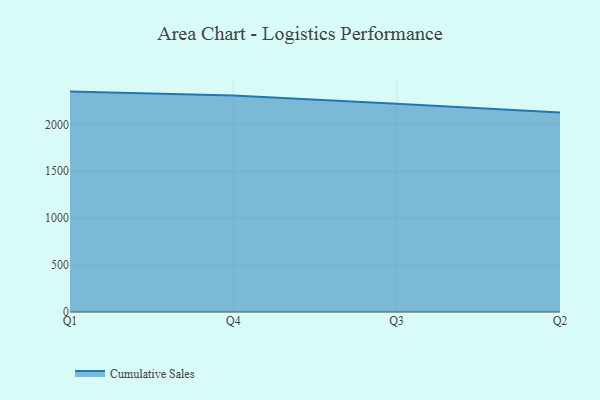
{"axis": {"x": "Quarter", "y": "Active Users"}, "legend": ["Cumulative Sales"], "data": [{"x": "Q1", "y": 2349.1, "type": "Cumulative Sales"}, {"x": "Q4", "y": 2308.4, "type": "Cumulative Sales"}, {"x": "Q3", "y": 2219.6, "type": "Cumulative Sales"}, {"x": "Q2", "y": 2126.4, "type": "Cumulative Sales"}]}